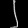
Digit: ၂